Plague in India, 1896, 1897 - Volume 2
Year: 1896
Disease focus: Plague
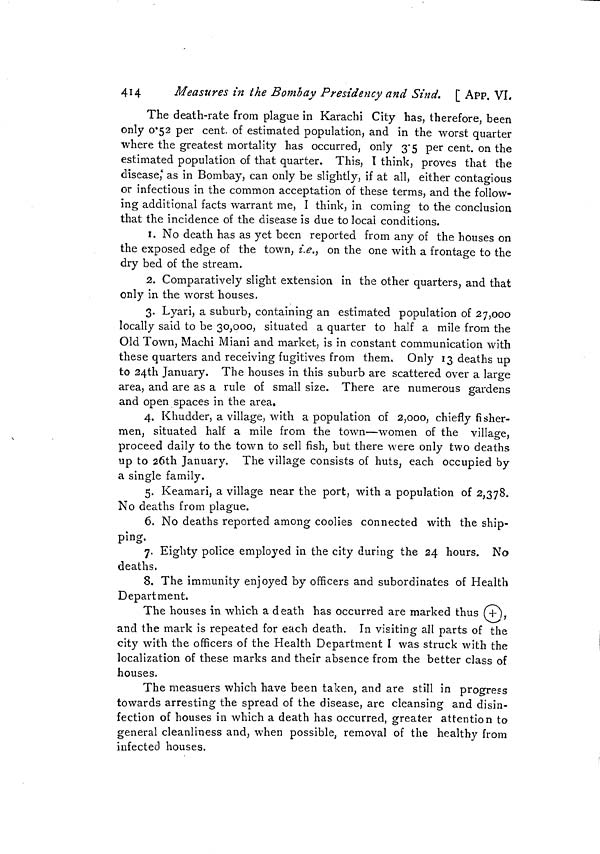
414
Measures in the Bombay Presidency and Sind. [ App. VI.
The death-rate from plague in Karachi City has, therefore, been
only 0'52 per cent, of estimated population, and in the worst quarter
where the greatest mortality has occurred, only 3'5 per cent, on the
estimated population of that quarter. This, T think, proves that the
disease, as in Bombay, can only be slightly, if at all, either contagious
or infectious in the common acceptation of these terms, and the follow-
ing additional facts warrant me, I think, in coming to the conclusion
that the incidence of the disease is due to local conditions.
1. No death has as yet been reported from any of the houses on
the exposed edge of the town, i.e., on the one with a frontage to the
dry bed of the stream.
2. Comparatively slight extension in the other quarters, and that
only in the worst houses.
3. Lyari, a suburb, containing an estimated population of 27,000
locally said to be 30,000, situated a quarter to half a mile from the
Old Town, Machi Miani and market, is in constant communication with
these quarters and receiving fugitives from them. Only 13 deaths up
to 24th January. The houses in this suburb are scattered over a large
area, and are as a rule of small size. There are numerous gardens
and open spaces in the area.
4. Khudder, a village, with a population of 2,000, chiefly fisher-
men, situated half a mile from the town—women of the village,
proceed daily to the town to sell fish, but there were only two deaths
up to 26th January. The village consists of huts, each occupied by
a single family.
5. Keamari, a village near the port, with a population of 2,378.
No deaths from plague.
6. No deaths reported among coolies connected with the ship-
ping.
7. Eighty police employed in the city during the 24 hours. No
deaths.
8. The immunity enjoyed by officers and subordinates of Health
Department.
The houses in which a death has occurred are marked thus
,
and the mark is repeated for each death. In visiting
parts of the
city with the officers of the Health Department I was struck with the
localization of these marks and their absence from the better class of
houses.
The measuers which have been taken, and are still in progress
towards arresting the spread of the disease, are cleansing and disin-
fection of houses in which a death has occurred, greater attention to
general cleanliness and, when possible, removal of the healthy from
infected houses.